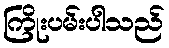
ကြိုးပမ်းပါသည်